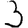
Digit: 3